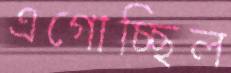
এগোচ্ছিল